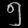
Digit: ၅